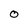
Character: O